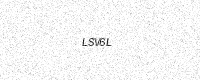
Text: LSV6L